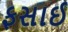
ફસાઈ